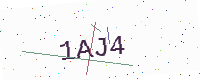
Text: 1AJ4